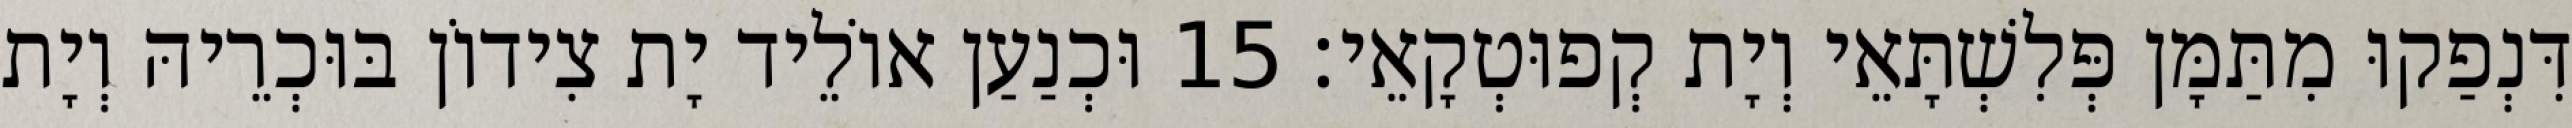
דִּנְפַקוּ מִתַּמָּן פְּלִשְׁתָּאֵי וְיָת קְפוּטְקָאֵי׃ 15 וּכְנַעַן אוֹלֵיד יָת צִידוֹן בּוּכְרֵיהּ וְיָת